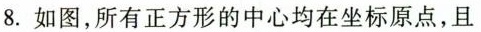
8.如图，所有正方形的中心均在坐标原点，且